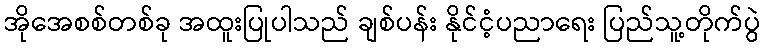
အိုအေစစ်တစ်ခု အထူးပြုပါသည် ချစ်ပန်း နိုင်ငံ့ပညာရေး ပြည်သူ့တိုက်ပွဲ